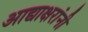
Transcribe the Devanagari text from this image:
आद्याक्षरांनी